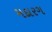
મદારગ